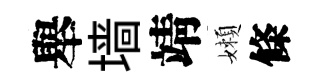
舉墙靖嬾條